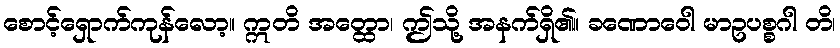
စောင့်ရှောက်ကုန်လော့။ ဣတိ အတ္ထော၊ ဤသို့ အနက်ရှိ၏။ ခဏောဝေါ မာဥပစ္စဂါ တိ၊